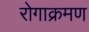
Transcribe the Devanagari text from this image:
रोगाक्रमण